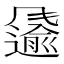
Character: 𩙌